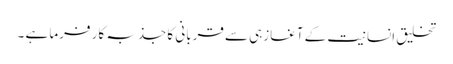
تخلیق انسانیت کے آغازہی سے قربانی کا جذبہ کار فرما ہے ۔